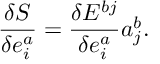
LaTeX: \frac { \delta S } { \delta e _ { i } ^ { a } } = \frac { \delta E ^ { b j } } { \delta e _ { i } ^ { a } } a _ { j } ^ { b } .